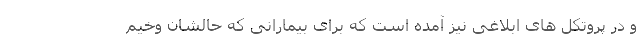
و در پروتکل های ابلاغی نیز آمده است که برای بیمارانی که حالشان وخیم